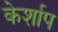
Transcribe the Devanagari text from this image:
केर्शाप